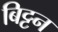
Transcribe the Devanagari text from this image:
बिट्टन